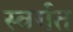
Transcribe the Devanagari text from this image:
स्वर्गत